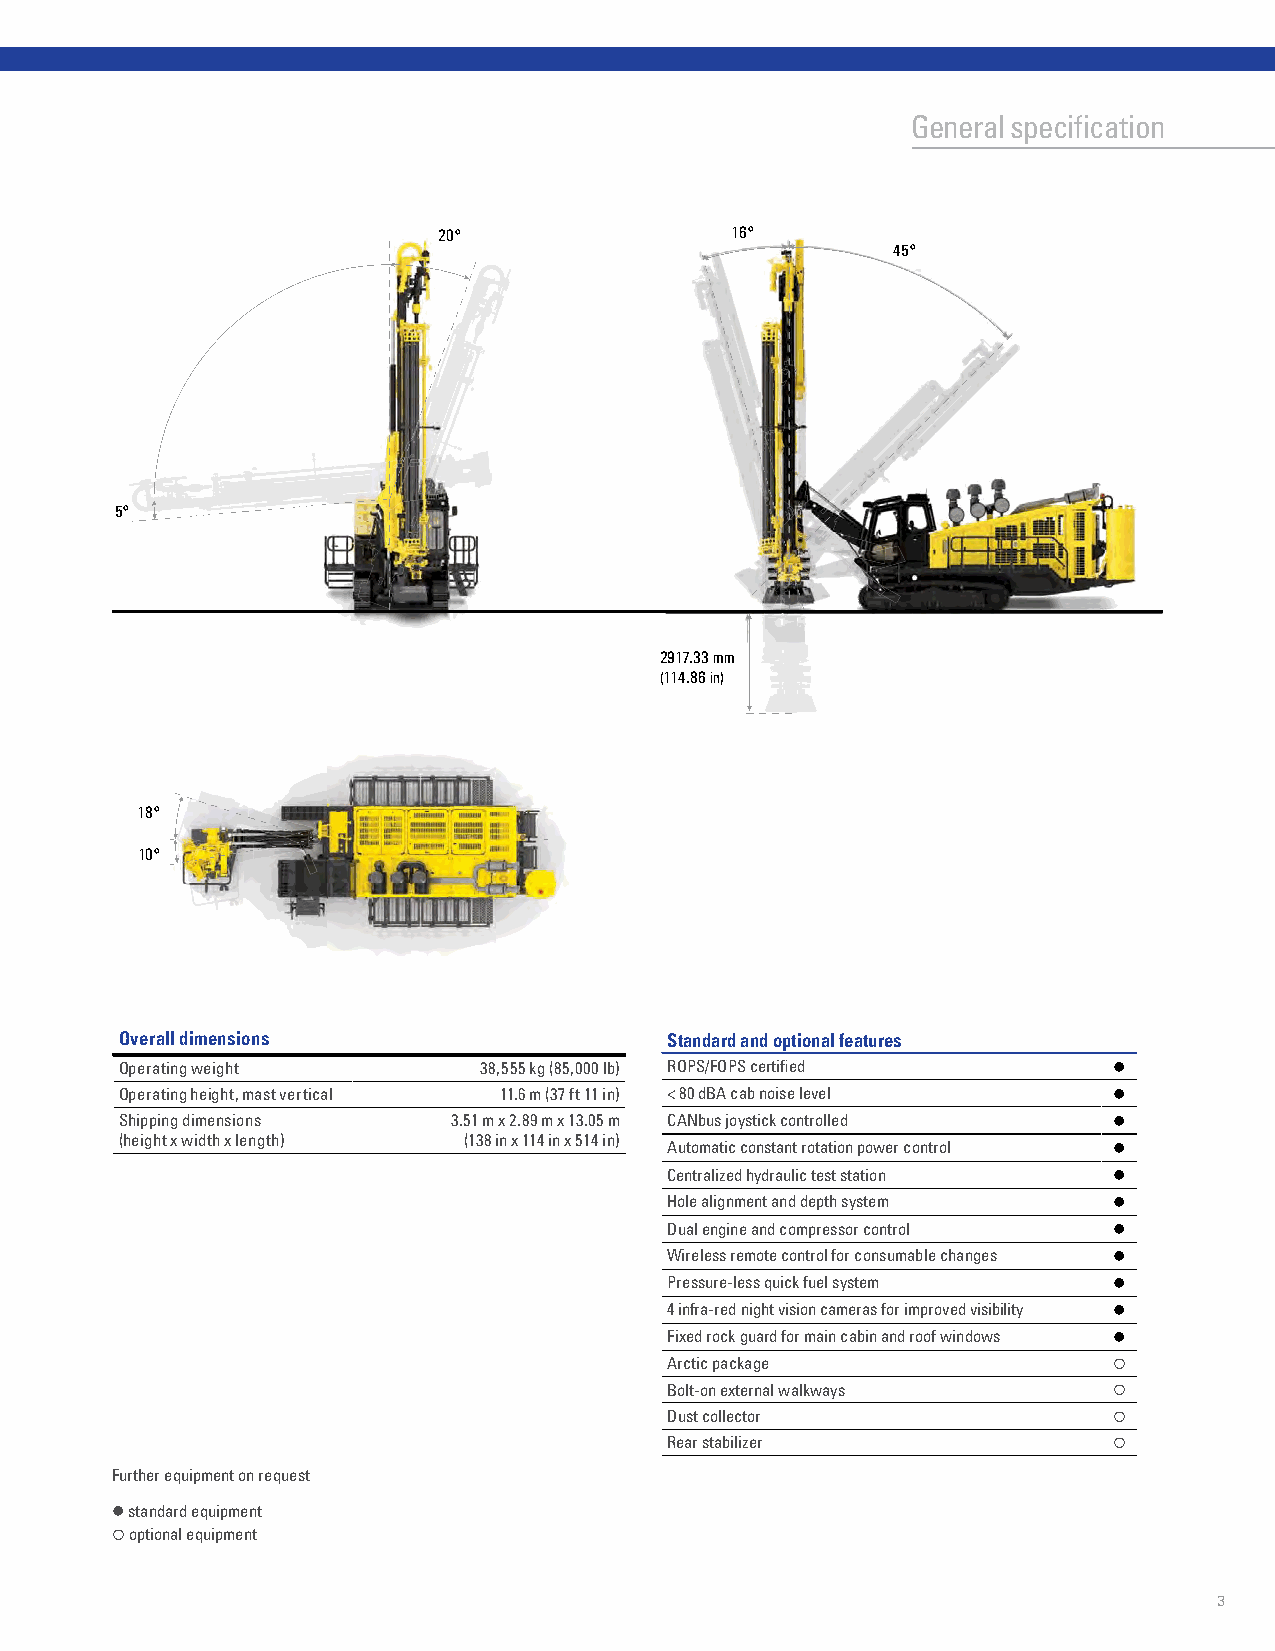
General specification
 20°                16°
 45°
 5°
 2917.33 mm
 (114.86 in)
 18°
 10°
 Overall dimensions                  Standard and optional features
 Operating weight        38,555 kg (85,000 lb) ROPS/FOPS certified 
 Operating height, mast vertical 11.6 m (37 ft 11 in) < 80 dBA cab noise level 
 Shipping dimensions   3.51 m x 2.89 m x 13.05 m CANbus joystick controlled 
 (height x width x length) (138 in x 114 in x 514 in)
 Automatic constant rotation power control 
 Centralized hydraulic test station 
 Hole alignment and depth system 
 Dual engine and compressor control 
 Wireless remote control for consumable changes 
 Pressure-less quick fuel system 
 4 infra-red night vision cameras for improved visibility 
 Fixed rock guard for main cabin and roof windows 
 Arctic package                
 Bolt-on external walkways     
 Dust collector                
 Rear stabilizer               
 Further equipment on request
  standard equipment
  optional equipment
 2                                                                                3